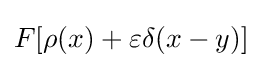
F[\rho (x)+\varepsilon \delta (x-y)]